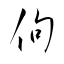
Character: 佝